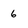
Character: 6